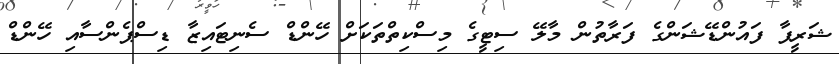
ޝަރީފާ ފައުންޑޭޝަންގެ ފަރާތުން މާލޭ ސިޓީގެ މިސްކިތްތަކަށް ހޭންޑް ސެނިޓައިޒާ ޑިސްޕެންސާއި ހޭންޑް